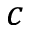
c